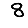
Digit: 8